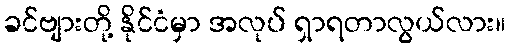
ခင်ဗျားတို့ နိုင်ငံမှာ အလုပ် ရှာရတာလွယ်လား။